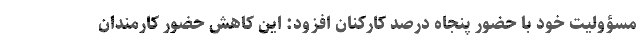
مسؤولیت خود با حضور پنجاه درصد کارکنان افزود: این کاهش حضور کارمندان